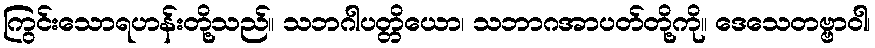
ကြွင်းသောရဟန်းတို့သည်။ သဘဂါပတ္တိယော၊ သဘာဂအာပတ်တို့ကို။ ဒေသေတဗ္ဗာဝါ၊